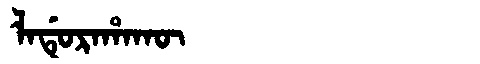
Manchu: ᠯᠠᡩᡠᡵᠠᡥᠠᡴᡡ
Romanization: LADURAHAKŪ